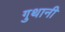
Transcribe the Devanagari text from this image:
गुथानी